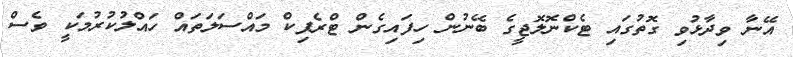
އޭނާ ވިދާޅުވި ގޮތުގައި ޓެކްނޮލޮޖީގެ ބޭނުން ހިފައިގެން ޓްރެފިކް މައްސަލަތައް ހައްލުކުރުމަކީ ވެސް